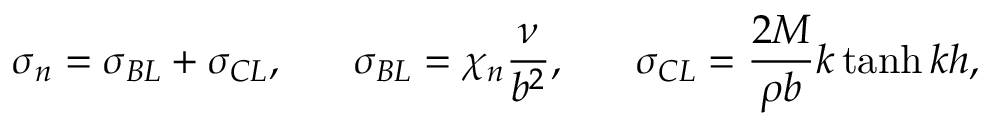
\sigma _ { n } = \sigma _ { B L } + \sigma _ { C L } , \ \ \ \ \ \sigma _ { B L } = \chi _ { n } \frac { \nu } { b ^ { 2 } } , \ \ \ \ \ \sigma _ { C L } = \frac { 2 M } { \rho b } k \operatorname { t a n h } { k h } ,